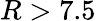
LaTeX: R>7.5